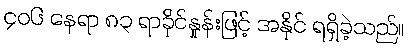
၄၀၆ နေရာ ၈၃ ရာခိုင်နှုန်းဖြင့် အနိုင် ရရှိခဲ့သည်။